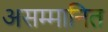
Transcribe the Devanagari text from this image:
असम्मानित